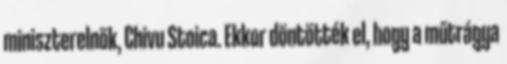
miniszterelnök, Chivu Stoica. Ekkor döntötték el, hogy a műtrágya